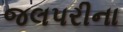
જલપરીના